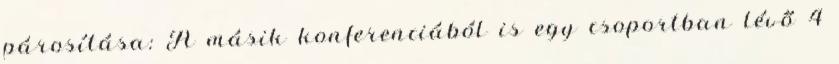
párosítása: A másik konferenciából is egy csoportban lévő 4